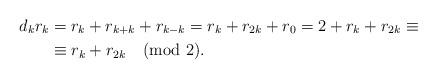
LaTeX: \begin{align*}d_kr_k&=r_k+r_{k+k}+r_{k-k}=r_k+r_{2k}+r_0=2+r_k+r_{2k}\equiv\\&\equiv r_k+r_{2k}\pmod{2}.\end{align*}